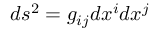
d s ^ { 2 } = g _ { i j } d x ^ { i } d x ^ { j }